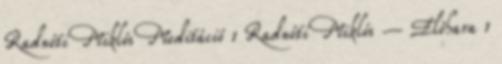
Radnóti Miklós Meditáció 1 Radnóti Miklós – Előhara 1